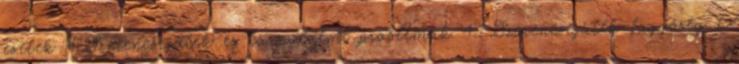
esetek 4 Szerencsejáték és társadalmi problémák 4.1 Szerencsejáték-függőség 7